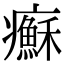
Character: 𤼀